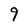
Character: 9